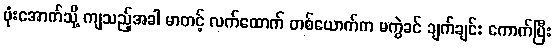
ဗုံးအောက်သို့ ကျသည့်အခါ မာတင့် လက်ထောက် တစ်ယောက်က မကွဲခင် ချက်ချင်း ကောက်ပြီး